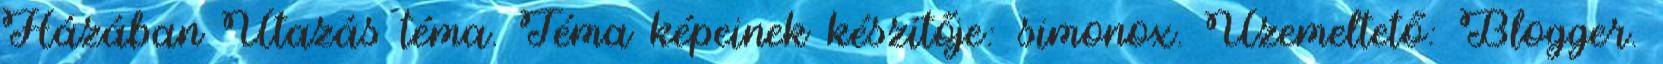
Házában Utazás téma. Téma képeinek készítője: simonox. Üzemeltető: Blogger.